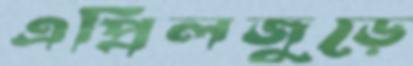
এপ্রিলজুড়ে